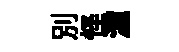
别怪潼